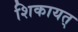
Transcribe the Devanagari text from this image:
शिकायत्